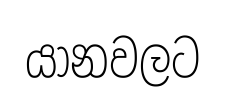
යානවලට